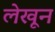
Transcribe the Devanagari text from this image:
लेखून